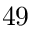
^ Ḋ 4 9 Ḍ